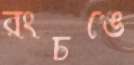
রংচঙে